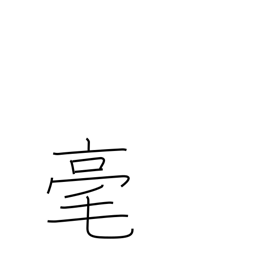
Meaning: not at all